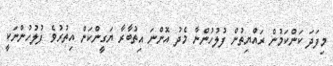
މިފަދަ ކަންކަމުން ރައްޔިތުން ފުލުހުންނާ މެދު އޮންނަ އިތުބާރާ ޔަގީންކަން އިތުރުވެ ފުލުހުންނަކީ